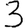
Digit: 3